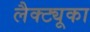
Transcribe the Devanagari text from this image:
लैक्ट्यूका